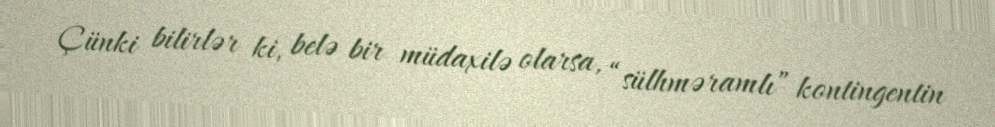
Çünki bilirlər ki, belə bir müdaxilə olarsa, “sülhməramlı” kontingentin